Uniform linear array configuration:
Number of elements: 8
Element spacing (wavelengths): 1
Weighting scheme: exponential
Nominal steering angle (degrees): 30
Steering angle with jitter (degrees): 29.787
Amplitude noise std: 0.05
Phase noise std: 0.05

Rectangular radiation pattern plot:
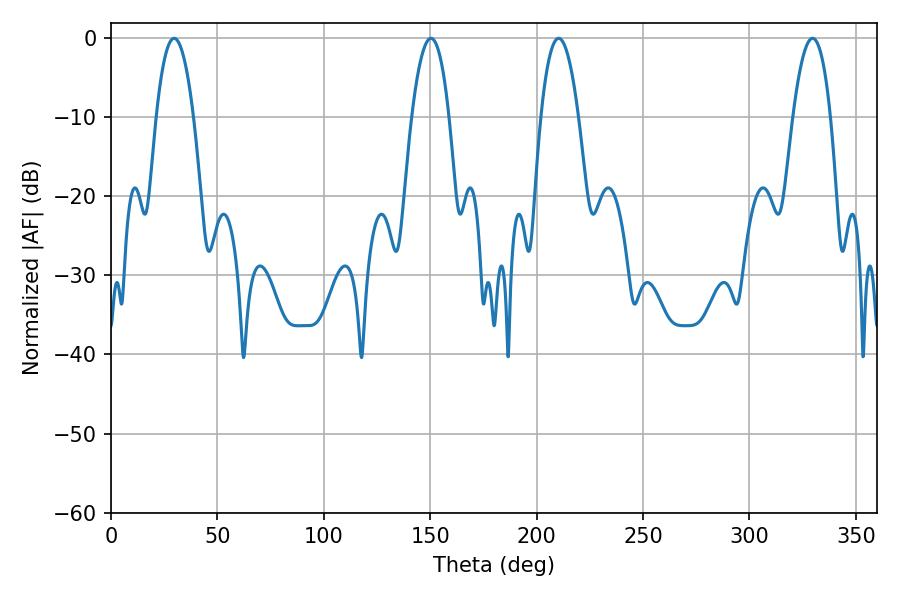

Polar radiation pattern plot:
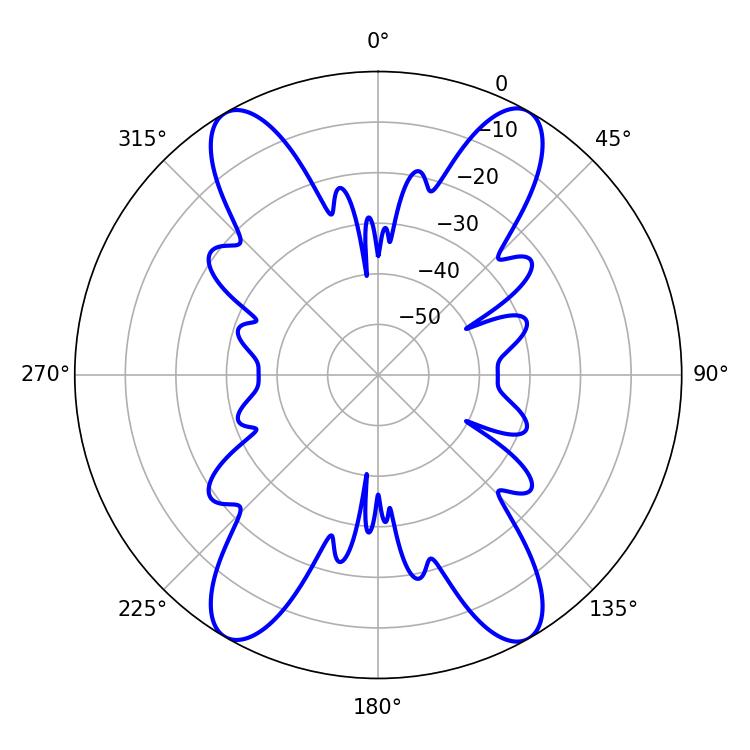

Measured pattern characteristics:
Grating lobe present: TRUE
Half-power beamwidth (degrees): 9.72
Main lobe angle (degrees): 29.7